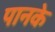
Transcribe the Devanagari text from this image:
पानके